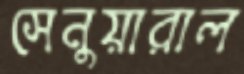
সেনুয়ারাল